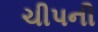
ચીપની